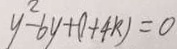
y ^ { 2 } - 6 y + ( 1 + 4 k ) = 0